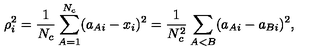
\rho _ { i } ^ { 2 } = \frac { 1 } { N _ { c } } \sum _ { A = 1 } ^ { N _ { c } } ( a _ { A i } - x _ { i } ) ^ { 2 } = \frac { 1 } { N _ { c } ^ { 2 } } \sum _ { A < B } ( a _ { A i } - a _ { B i } ) ^ { 2 } ,